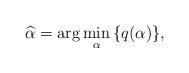
LaTeX: \begin{align*}\widehat{\alpha}=\arg {\underset{\alpha}{\min} \left\{ q(\alpha)\right\}}, \end{align*}